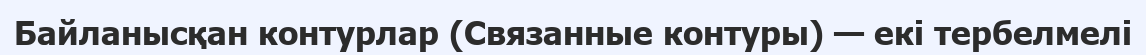
Байланысқан контурлар (Связанные контуры) — екі тербелмелі